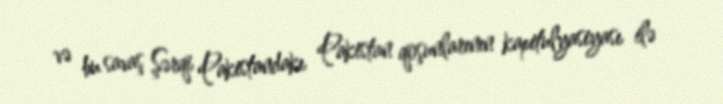
və bu savaş Şərqi Pakistandakı Pakistan qoşunlarının kapitulyasiyası ilə